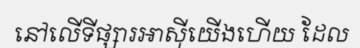
នៅលើទីផ្សារអាស៊ីយើងហើយ ដែល